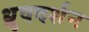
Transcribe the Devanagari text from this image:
ध्रुवदर्शन